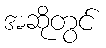
အဆိုတွင်